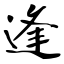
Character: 逢